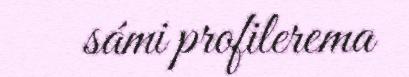
sámi profilerema